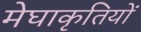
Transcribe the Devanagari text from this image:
मेघाकृतियों